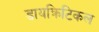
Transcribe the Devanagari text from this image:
डायक्रिटिकल